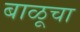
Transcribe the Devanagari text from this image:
बाळूचा